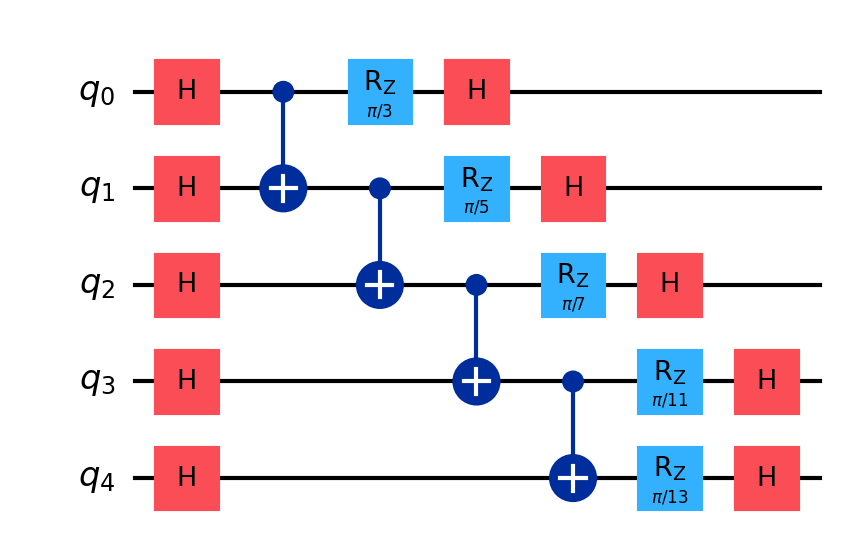
Description: Lattice-based PQC security analysis circuit
描述: 格基PQC安全分析电路
Category: blockchain (difficulty: advanced)
Qubits: 5, circuit depth: 7
Blockchain relevance: direct

Braket implementation:
import math
from braket.circuits import Circuit

circuit = Circuit()

# H on all qubits
circuit.h(0).h(1).h(2).h(3).h(4)

# Staggered CNOT ladder with Rz + H after each
circuit.cnot(0, 1)
circuit.rz(0, math.pi / 3).h(0)

circuit.cnot(1, 2)
circuit.rz(1, math.pi / 5).h(1)

circuit.cnot(2, 3)
circuit.rz(2, math.pi / 7).h(2)

circuit.cnot(3, 4)
circuit.rz(3, math.pi / 11).h(3)
circuit.rz(4, math.pi / 13).h(4)

print(circuit)